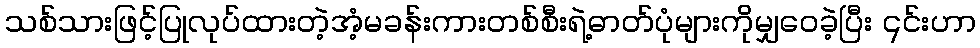
သစ်သားဖြင့်ပြုလုပ်ထားတဲ့အံ့မခန်းကားတစ်စီးရဲ့ဓာတ်ပုံများကိုမျှဝေခဲ့ပြီး ၎င်းဟာ